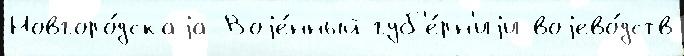
Новгоро́дскаjа Воjе́нный губ'е́рн'иjи воjево́дств